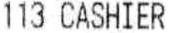
113 CASHIER